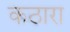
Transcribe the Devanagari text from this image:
कठारा